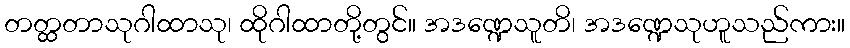
တတ္ထတာသုဂါထာသု၊ ထိုဂါထာတို့တွင်။ အဒဏ္ဍေသူတိ၊ အဒဏ္ဍေသုဟူသည်ကား။